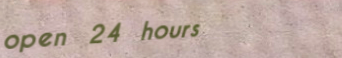
open 24 hours